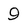
Character: 9